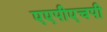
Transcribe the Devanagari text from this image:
एएपीएचपी